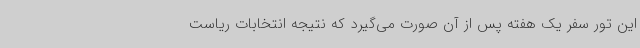
این تور سفر یک هفته پس از آن صورت می‌گیرد که نتیجه انتخابات ریاست